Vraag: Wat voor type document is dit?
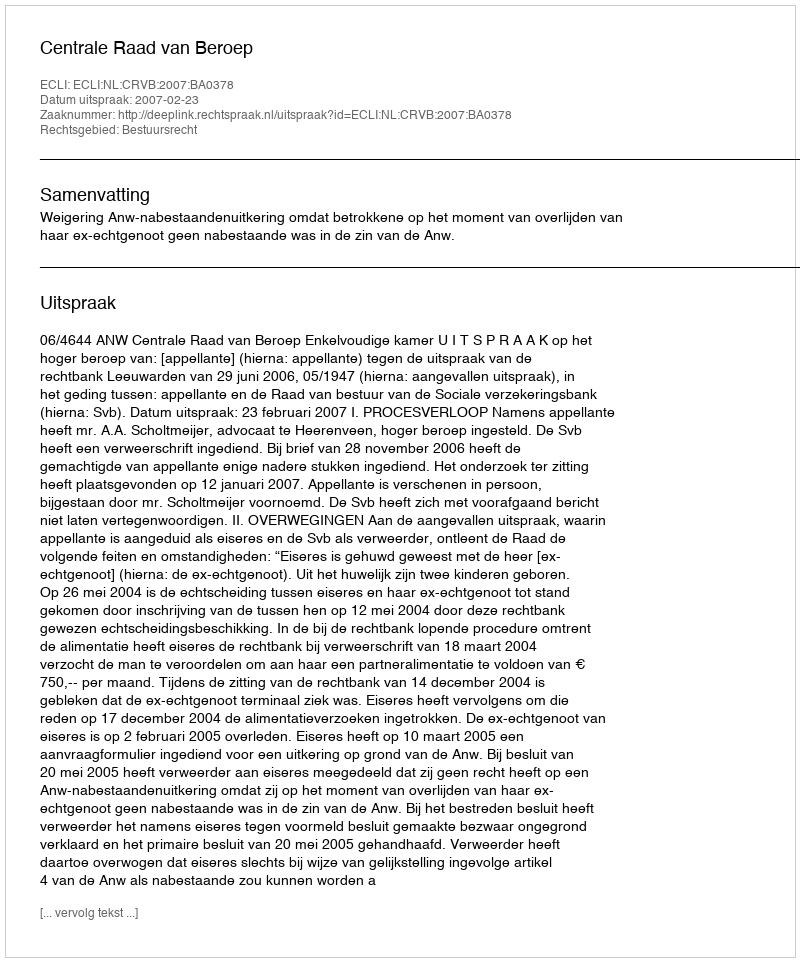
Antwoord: Uitspraak